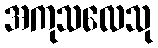
အကုသလေသု